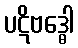
ပဋိဗဒ္ဓေါ